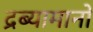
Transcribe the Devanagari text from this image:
द्रब्यामानों